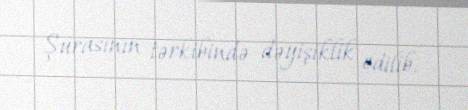
Şurasının tərkibində dəyişiklik edilib.